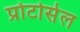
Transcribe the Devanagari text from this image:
प्रोटोसेल